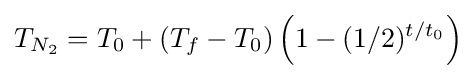
T_{N_{2}}=T_{0}+(T_{f}-T_{0})\left(1-(1/2)^{t/t_{0}}\right)